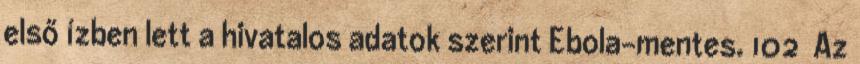
első ízben lett a hivatalos adatok szerint Ebola-mentes. 102 Az